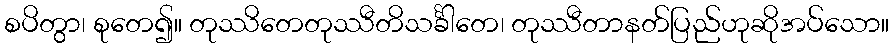
စပိတွာ၊ စုတေ၍။ တုဿိတေတုဿီတိသင်္ခါတေ၊ တုဿီတာနတ်ပြည်ဟုဆိုအပ်သော။